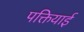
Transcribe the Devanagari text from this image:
पक्तियाई